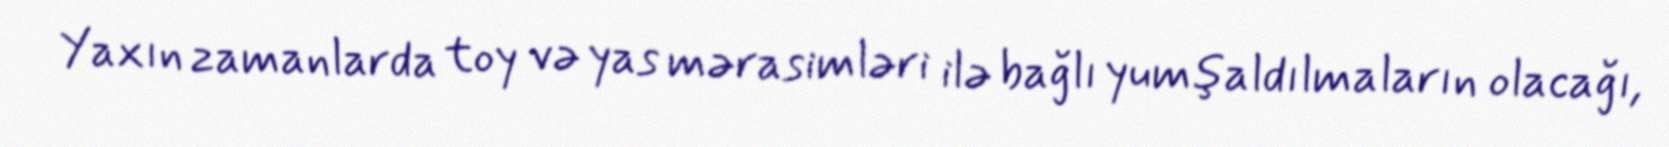
Yaxın zamanlarda toy və yas mərasimləri ilə bağlı yumşaldılmaların olacağı,